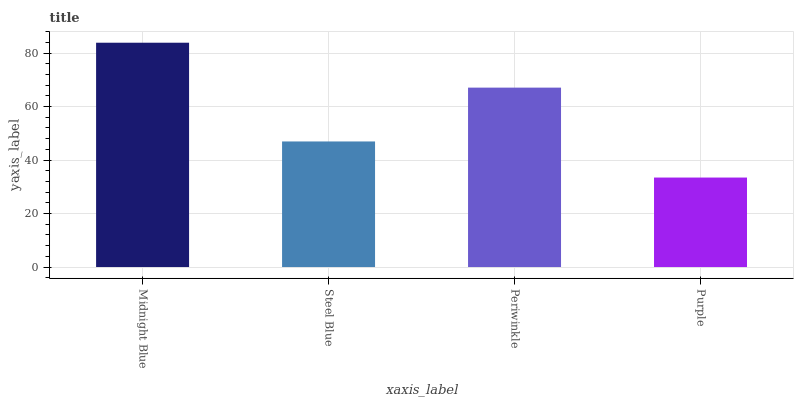
| xaxis_label | bars |
 | --- | --- |
 | Midnight Blue | 83.9 |
 | Steel Blue | 47 |
 | Periwinkle | 67.1 |
 | Purple | 33.5 |